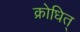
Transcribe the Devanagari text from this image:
क्रोधित्